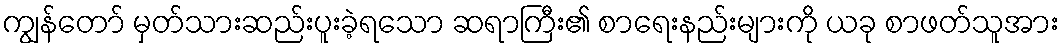
ကျွန်တော် မှတ်သားဆည်းပူးခဲ့ရသော ဆရာကြီး၏ စာရေးနည်းများကို ယခု စာဖတ်သူအား